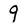
Character: 9